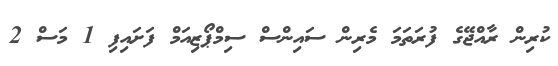
ކުރިން ރާއްޖޭގެ ފުރަތަމަ މެރިން ސައިންސް ސިމްޕޯޒިއަމް ފަށައިފި 1 މަސް 2